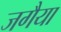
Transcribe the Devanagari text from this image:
जगैया